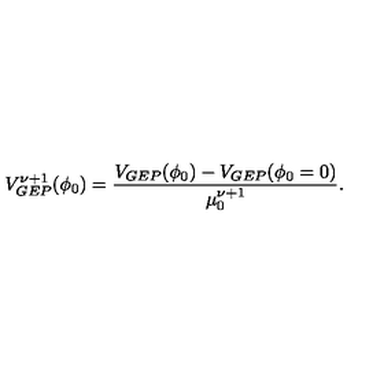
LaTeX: V _ { G E P } ^ { \nu + 1 } ( \phi _ { 0 } ) = { \frac { V _ { G E P } ( \phi _ { 0 } ) - V _ { G E P } ( \phi _ { 0 } = 0 ) } { \mu _ { 0 } ^ { \nu + 1 } } } .